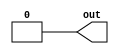
//Verilog HDL for "CppSimModules", "constant_bool" "verilog"


module constant_bool ( out );

output out;
parameter val = 0 ;

reg out;

initial begin
   out = (val == 0) ? 1'b0 : 1'b1;
end

endmodule